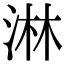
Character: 淋